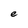
Character: e